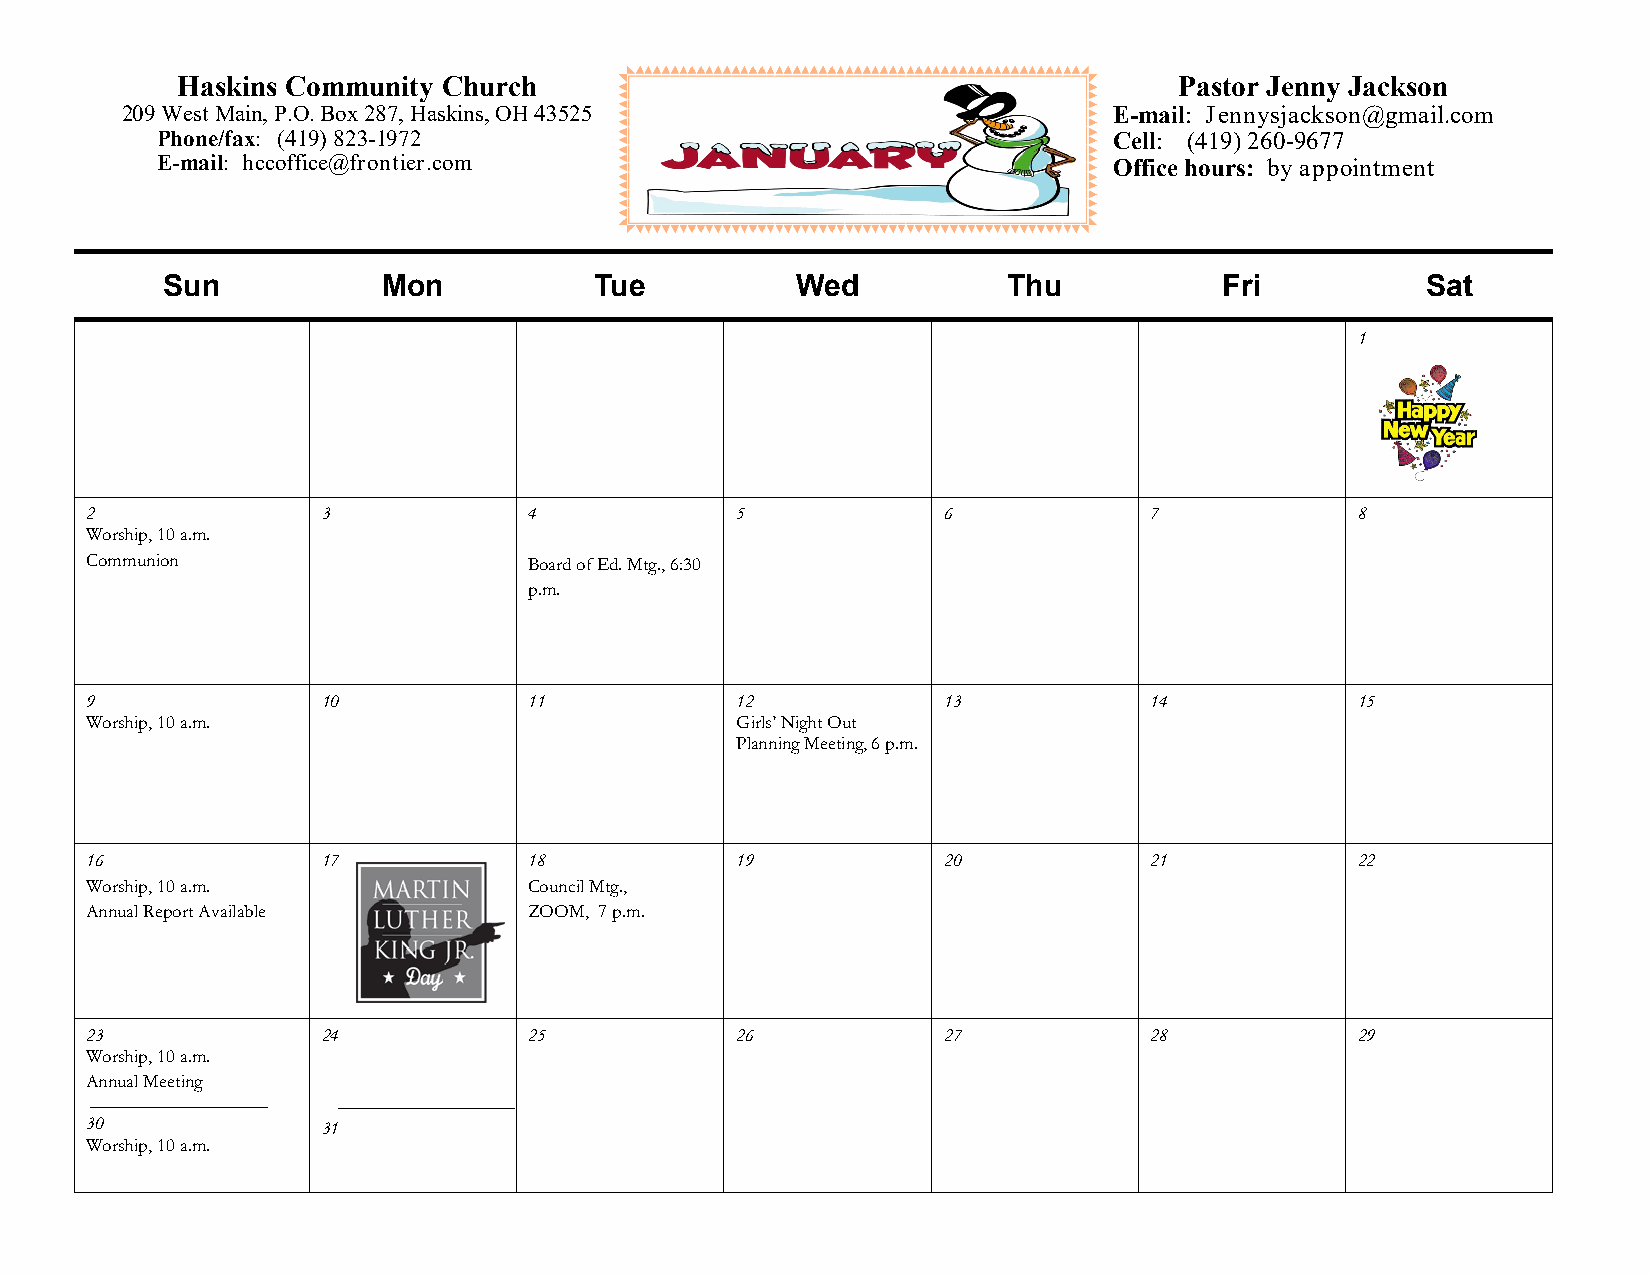
Haskins Community Church                                          Pastor Jenny Jackson
 209 West Main, P.O. Box 287, Haskins, OH 43525                    E-mail: Jennysjackson@gmail.com
 Phone/fax: (419) 823-1972                                       Cell: (419) 260-9677
 E-mail: hccoffice@frontier.com                                  Office hours: by appointment
 Sun           Mon           Tue           Wed           Thu           Fri          Sat
 1
 2              3             4             5            6             7             8
 Worship, 10 a.m.
 Communion                    Board of Ed. Mtg., 6:30
 p.m.
 9              10            11            12           13            14            15
 Worship, 10 a.m.                           Girls’ Night Out
 Planning Meeting, 6 p.m.
 16             17            18            19           20            21            22
 Worship, 10 a.m.             Council Mtg.,
 Annual Report Available      ZOOM, 7 p.m.
 23             24            25            26           27            28            29
 Worship, 10 a.m.
 Annual Meeting
 30             31
 Worship, 10 a.m.